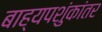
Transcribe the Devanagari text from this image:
बाह्यपशुंकांतर